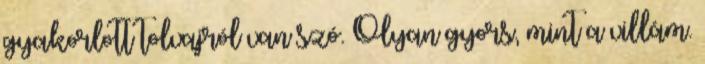
gyakorlott tolvajról van szó. Olyan gyors, mint a villám.